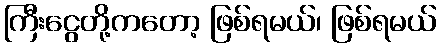
ကြီးငွေတို့ကတော့ ဖြစ်ရမယ်၊ ဖြစ်ရမယ်